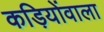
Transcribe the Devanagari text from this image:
कड़ियोंवाला